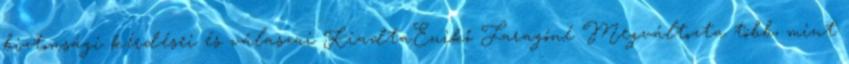
biztonsági kérdései és válaszai KiadtaEnikő Faragóné Megváltozta több, mint